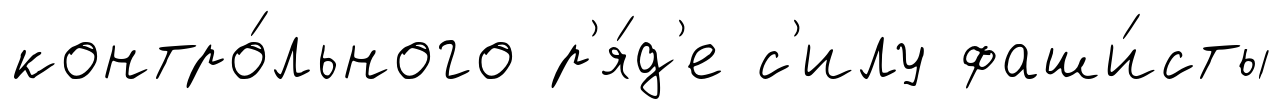
контро́льного р'я́д'е с'илу фаши́сты